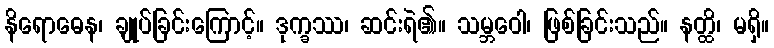
နိရောဓေန၊ ချုပ်ခြင်းကြောင့်။ ဒုက္ခဿ၊ ဆင်းရဲ၏။ သမ္ဘဝေါ၊ ဖြစ်ခြင်းသည်။ နတ္ထိ၊ မရှိ။